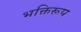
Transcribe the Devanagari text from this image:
भक्तिरूप